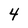
Character: 4